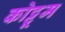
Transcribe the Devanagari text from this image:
कोट्टूम